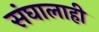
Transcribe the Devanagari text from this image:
संघालाही